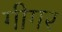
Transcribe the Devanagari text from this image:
गीगर